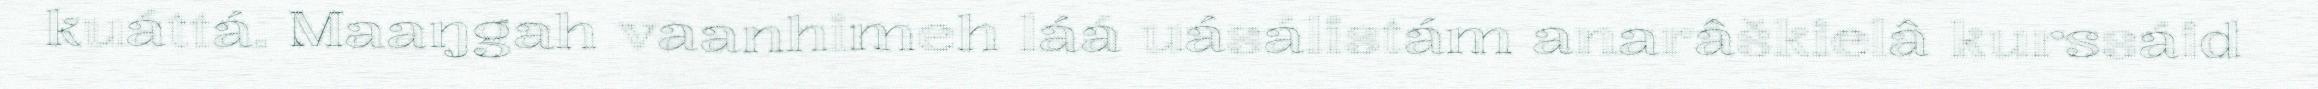
kuáttá. Maaŋgah vaanhimeh láá uásálistám anarâškielâ kurssáid